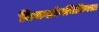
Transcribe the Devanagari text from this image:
विकलांगचिकित्सा